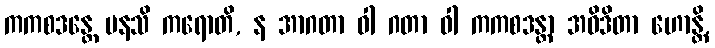
ကကစဒန္တေ မနသိ ကရောတိ, န အာဂတာ ဝါ ဂတာ ဝါ ကကစဒန္တာ အဝိဒိတာ ဟောန္တိ,